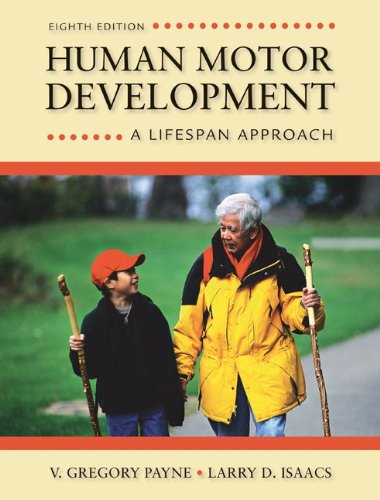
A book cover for Human Motor Development: A Lifespan Approach; V. Gregory Payne; Medical Books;